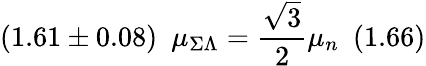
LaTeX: (1.61\pm 0.08)\ \ {\mu}_{\Sigma\Lambda}={\frac{\sqrt 3}{2}}{\mu}_{n}\ \ (1.66)